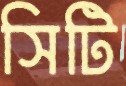
সিটি